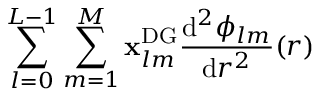
\sum _ { l = 0 } ^ { L - 1 } \sum _ { m = 1 } ^ { M } \mathbf { x } _ { l m } ^ { \mathrm { { D G } } } \frac { \mathrm { d } ^ { 2 } \phi _ { l m } } { \mathrm { d } r ^ { 2 } } ( r )